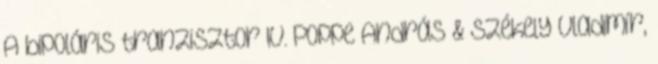
A bipoláris tranzisztor IV. Poppe András & Székely Vladimír,